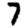
Digit: 7